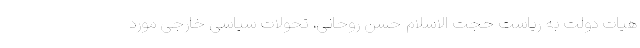
هیات دولت به ریاست حجت الاسلام حسن روحانی، تحولات سیاسی خارجی مورد